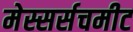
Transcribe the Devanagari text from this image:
मेस्सर्सचमीट